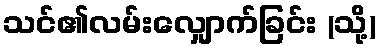
သင်၏လမ်းလျှောက်ခြင်း (သို့)